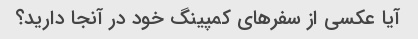
آیا عکسی از سفرهای کمپینگ خود در آنجا دارید؟